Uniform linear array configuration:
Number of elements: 24
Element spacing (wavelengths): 1
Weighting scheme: hann
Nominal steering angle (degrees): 15
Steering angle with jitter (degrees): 15.793
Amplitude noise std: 0.05
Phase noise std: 0.05

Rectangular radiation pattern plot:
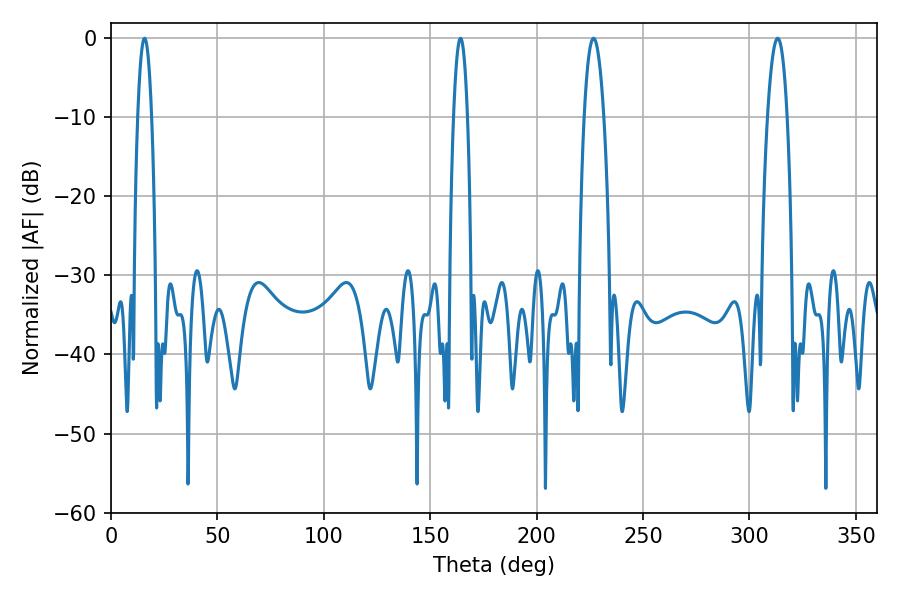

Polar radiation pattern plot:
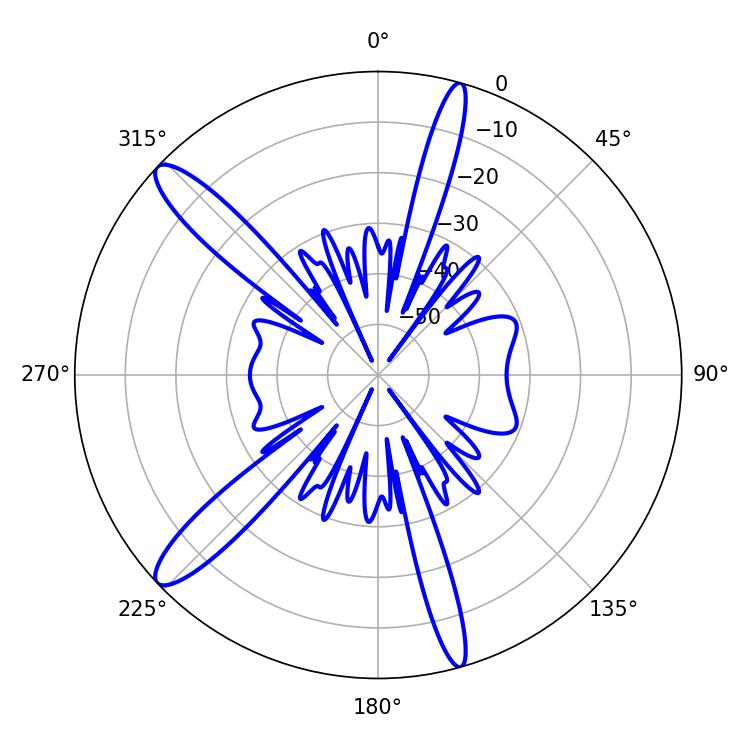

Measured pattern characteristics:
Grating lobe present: TRUE
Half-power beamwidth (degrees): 5.04
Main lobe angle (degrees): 226.8